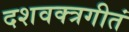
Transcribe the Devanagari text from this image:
दशवक्त्रगीतं